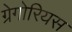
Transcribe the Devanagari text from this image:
ग्रेगोरियस